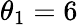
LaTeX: \theta_{1}=6